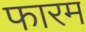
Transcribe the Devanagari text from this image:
फारम